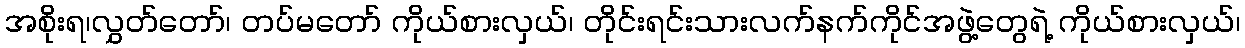
အစိုးရ၊လွှတ်တော်၊ တပ်မတော် ကိုယ်စားလှယ်၊ တိုင်းရင်းသားလက်နက်ကိုင်အဖွဲ့တွေရဲ့ ကိုယ်စားလှယ်၊